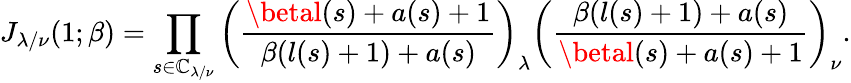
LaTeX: J_{\lambda/\nu}(1;\beta)=\prod_{s\in\mathbb{C}_{\lambda/\nu}}\left(\frac{{\betal(s)+a(s)+1}}{{\beta(l(s)+1)+a(s)}}\right)_{\lambda}\left(\frac{{\beta(l(s)+1)+a(s)}}{{\betal(s)+a(s)+1}}\right)_{\nu}.